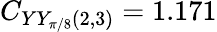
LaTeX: C_{YY_{\pi/8}(2,3)}=1.171